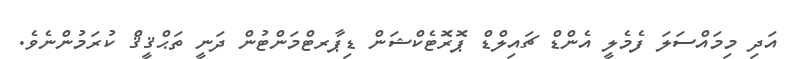
އަދި މިމައްސަލަ ފެމެލީ އެންޑް ޗައިލްޑް ޕޮރޮޓެކްޝަން ޑިޕާރޓްމަންޓުން ދަނީ ތަޙްޤީޤް ކުރަމުންނެވެ.